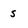
Character: s